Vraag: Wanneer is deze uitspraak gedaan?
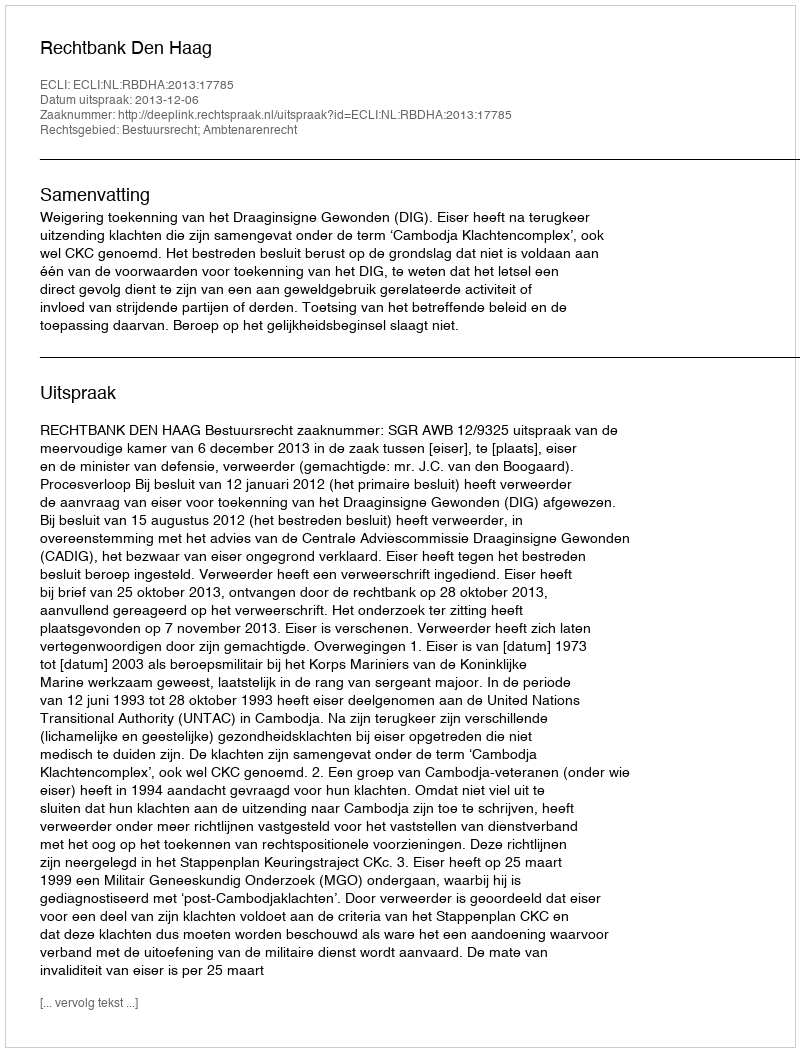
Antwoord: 2013-12-06